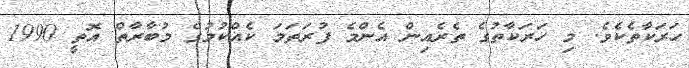
ހަރަކާތެކެވެ. މި ހަރަކާތުގެ ތެރެއިން އެންމެ ފުރަތަމަ ކެއްކުމުގެ މުބާރާތް އޮތީ 1990